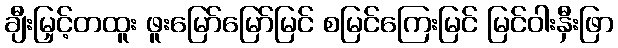
ချီးမြှင့်တထူး ဖူးမြော်မြော်မြင် စမြင်ကြေးမြင် မြင်ဝါးနှီးဖြာ